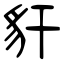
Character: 豻